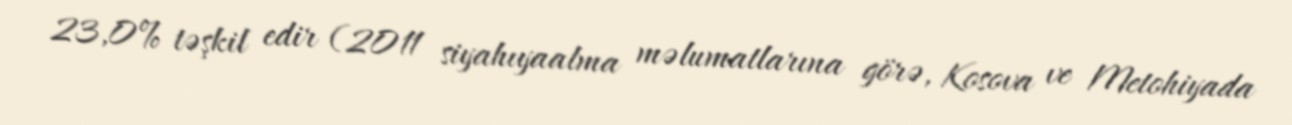
23,0% təşkil edir (2011 siyahıyaalma məlumatlarına görə, Kosova ve Metohiyada